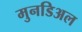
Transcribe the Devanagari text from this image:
मुनडिअल